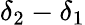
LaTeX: \delta_{2}-\delta_{1}